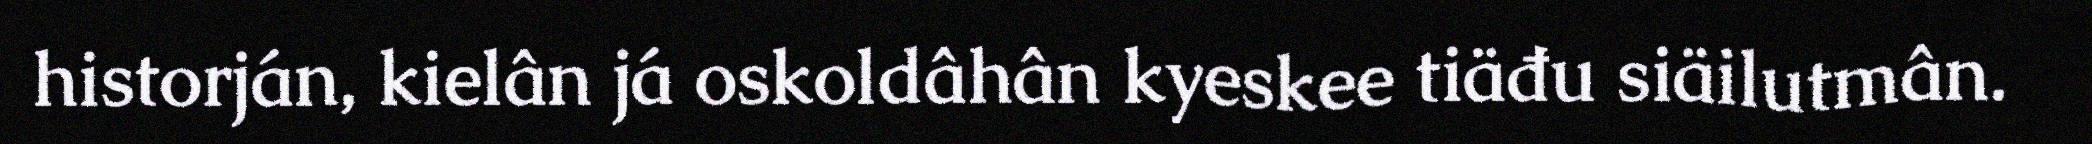
historján, kielân já oskoldâhân kyeskee tiäđu siäilutmân.